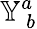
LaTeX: \mathbb{Y}_{~b}^{a}